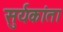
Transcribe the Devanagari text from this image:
सुर्यकांता